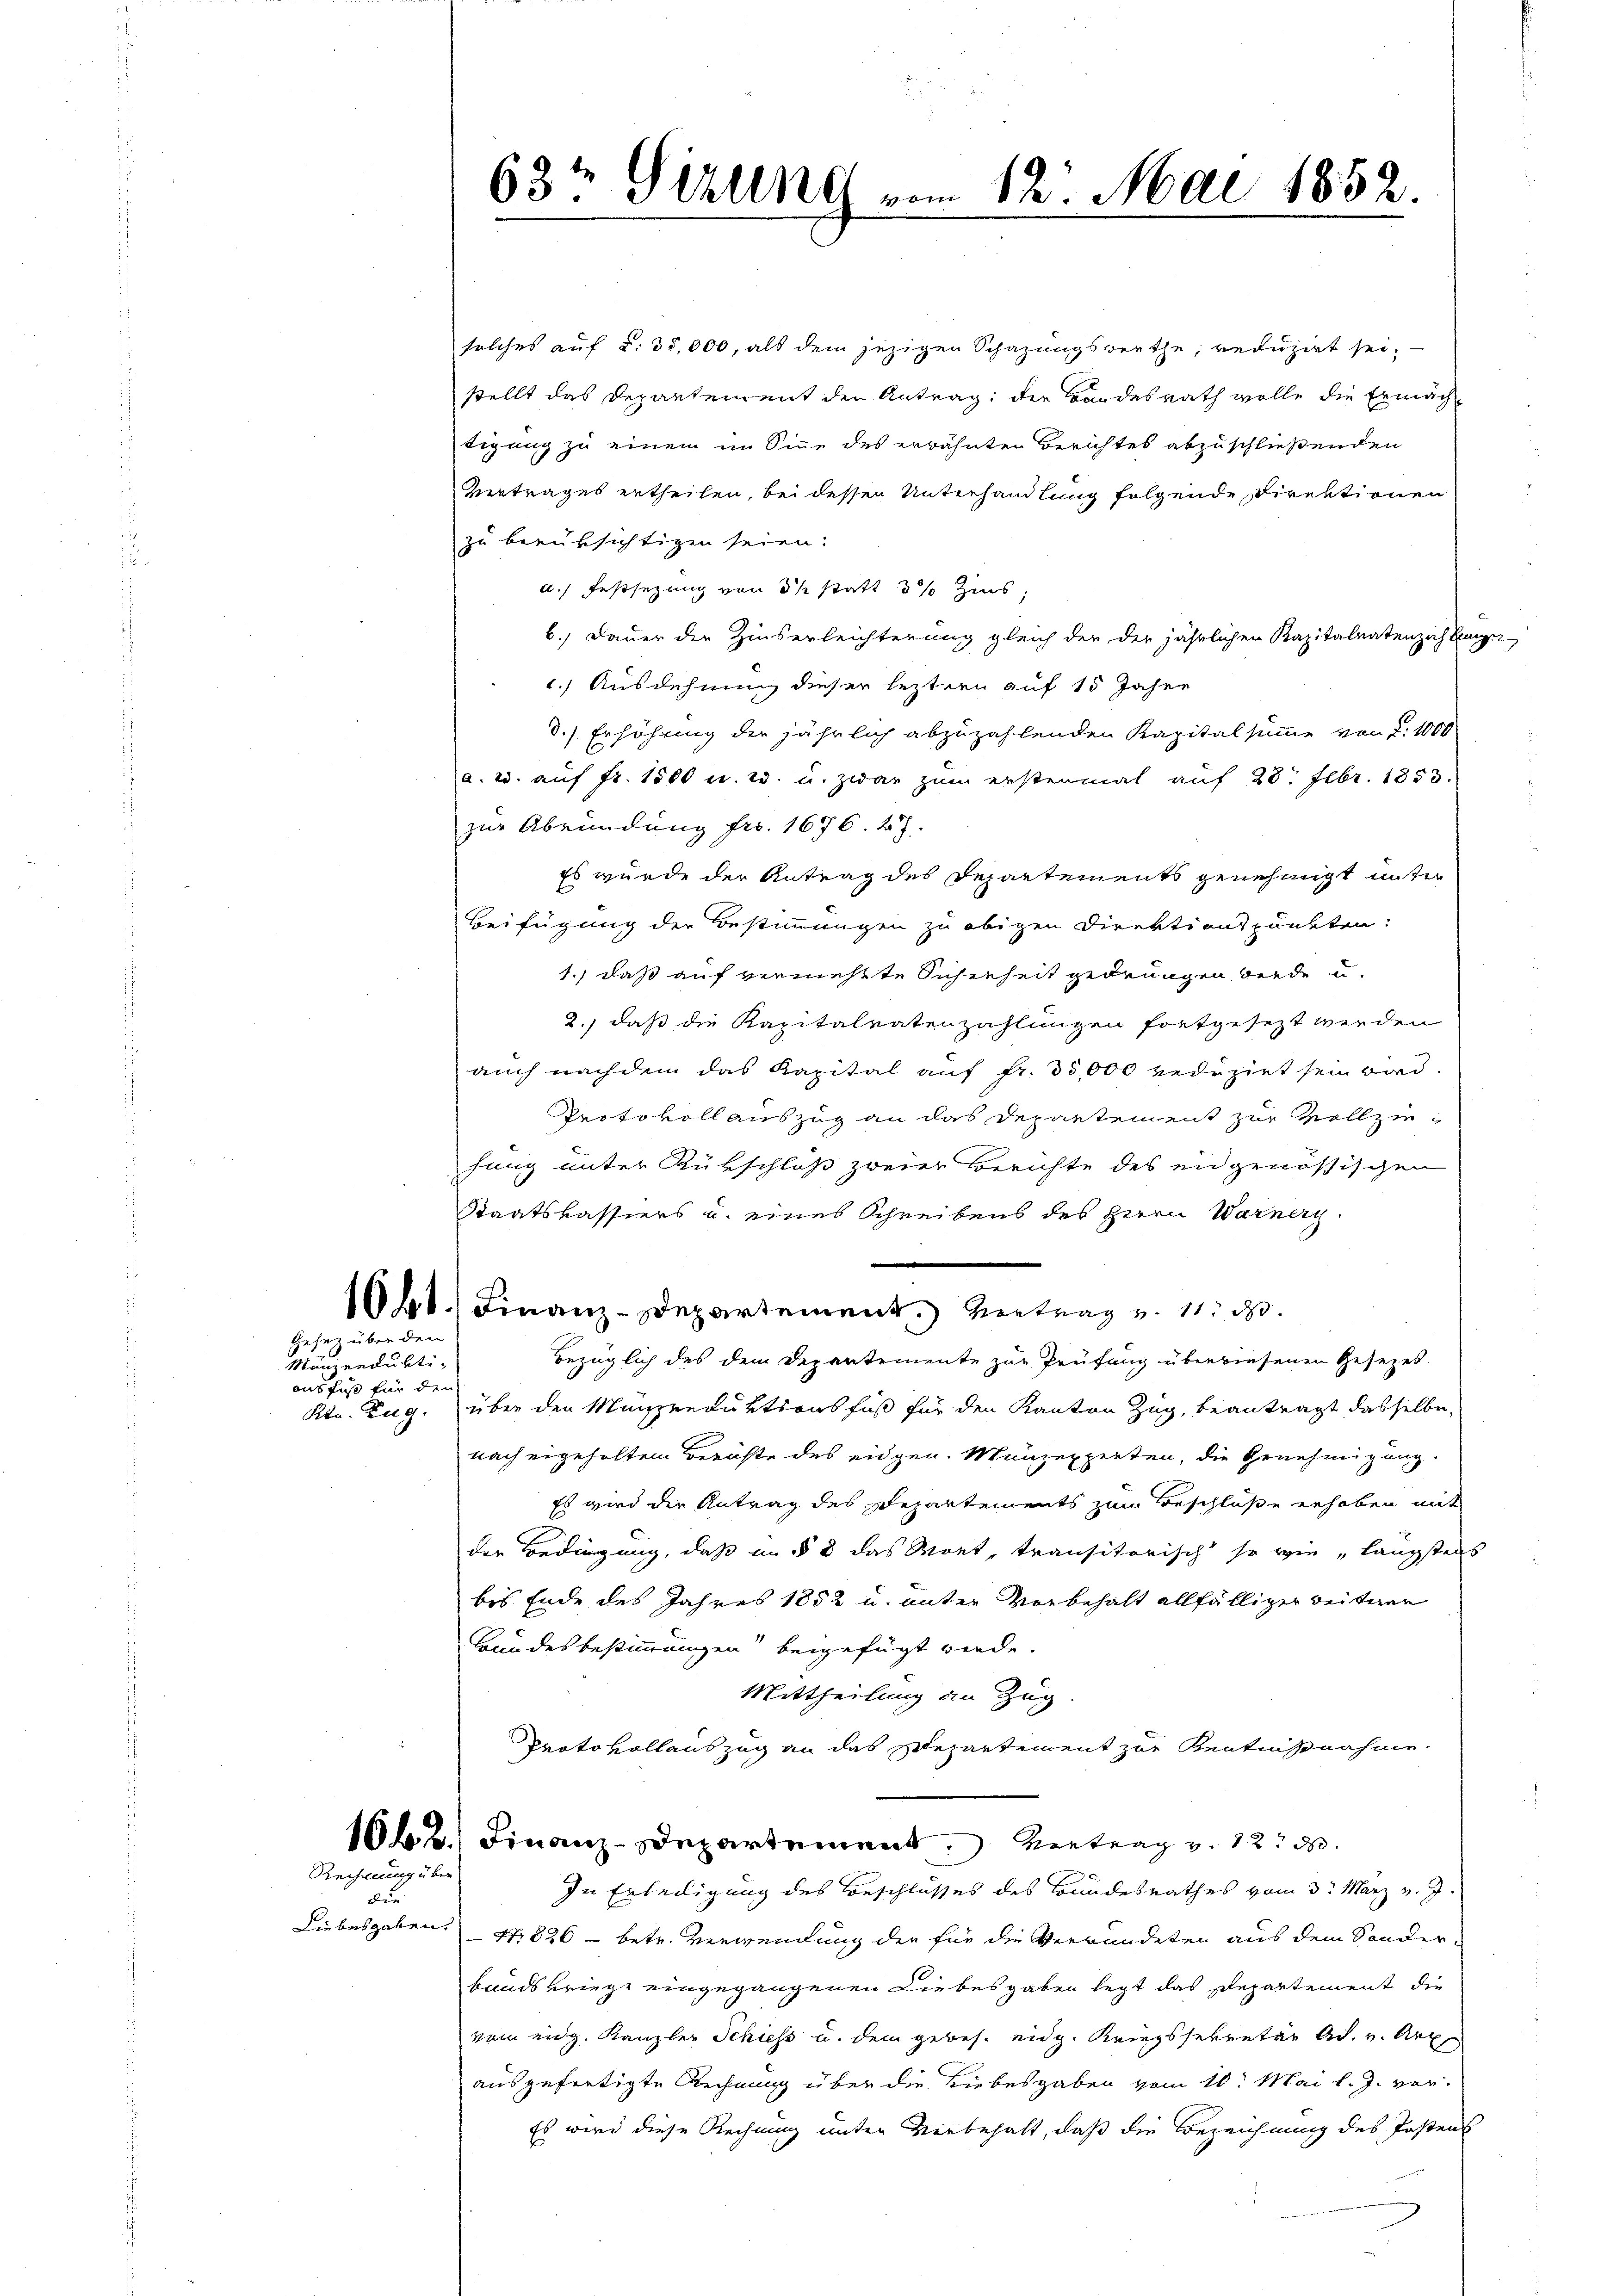
solches auf §. 35,000, als dem jezigen Schazungswerthe, reduzirt sei,
stellt das Departement den Antrag: der Bundesrath wolle die Ermäch
tigung zu einem im Sinne des erwähnten Berichtes abzuschließenden
Vertrages ertheilen, bei dessen Unterhandlung folgende Direktionen
zu berüksichtigen seien.
a. Festsezung von 3 ½ statt 5 % Zins
6.) Dauer der Zinserleichterung gleich der der jährlichen Kapitalentenzahlunge
c.) Ausdehnung dieser leztern auf 15 Jahre
d.) Erhöhung der jährlich abzuzahlenden Kapitalsumme von d. 1000
a. 2. auf Fr. 1500 u. w. u. zwar zum erstenmal auf 28 Febr. 1853.
zur Abründung fr. 1676. 27.
Es wurde der Antrag des Departements genehmigt unter
Beifügung der Bestimmungen zu obigen Direktionspunkten:
1.) daß auf vernichtte Sicherheit gedrungen werde u.
2.) daß die Kapitalratenzahlungen fortgesezt werden
auch nachdem das Kapital auf fr. 35,000 reduzirt sein wird.
Protokoll auszug an das Departement zur Vollziehung unter Rükschloß zweier Berichte des eidgenössischen
Staatskassiers u. eines Schreibens des Herrn Warnery
1061. Finanz-Departement. Vertrag v. 11. d.
bezüglich des dem Departemente zur Prüfung überwiesenen Gesezes.
Ktn. ung. über den Münzreduktionsfuß für den Kanton Zug, beantragt dasselbe,
nach ergeholten Berichte des eidgen. Münzexperten, die Genehmigung
Es wird der Antrag des Departements zum Beschlüße erhoben mit
der Bedingung, daß in § 8 das Mort, transitorisch so wie „längstens
bis Ende des Jahres 1852 u. unter Vorbehalt allfälliger weiteren
Bandesbestimmungen beigefügt werde.
Mittheilung an Zug
Protokollauszug an das Departement zur Kentnißnahme.
1662. Finanz-Departement. Vertrag v. 12. 300.
In Erledigung des Beschlusses des Bundesrathes vom 3. März v. J.
47826 - betr. Verwendung der für die Verwundeten aus dem Sonderbandskriege eingegangenen Liebesgaben legt das Departement die
vom eidg. Kanzler Schiess u. dem gebes. eidg. Kriegssekretär Ad. v. Art
ausgefertigte Rechnung über die Liebesgaben vom 10. Mai l. J. ver-
Es wird diese Rechnung unter Verbehalt, daß die Bezeichnung des Postens

Gesetz über den

Mänzerdufti-
ausfuß für den

Rechnung über
dur
Liebesgaben.

63t Sizung vom 12. Mai 1852.